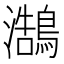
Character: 𪄣